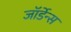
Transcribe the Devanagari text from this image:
जॉर्डेन्स